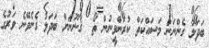
ބަދަލު ގެންނަން މަސައްކަތް ކުރަންވީނުން ތޯ  ޤާނޫނަށް ބަދަލު ގެނެވޭނެ ވަރުގެ